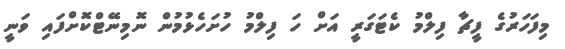
މިފަހަރުގެ ފީޗާ ފިލްމު ކެޓަގަރީ އަށް ހަ ފިލްމު ހުށަހެޅުމުން ނޮމިނޭޓްކޮށްފައި ވަނީ